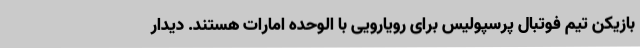
بازیکن تیم فوتبال پرسپولیس برای رویارویی با الوحده امارات هستند. دیدار